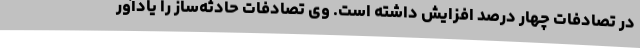
در تصادفات چهار درصد افزایش داشته است. وی تصادفات حادثه‌ساز را یادآور